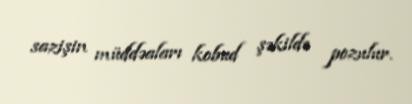
sazişin müddəaları kobud şəkildə pozulur.